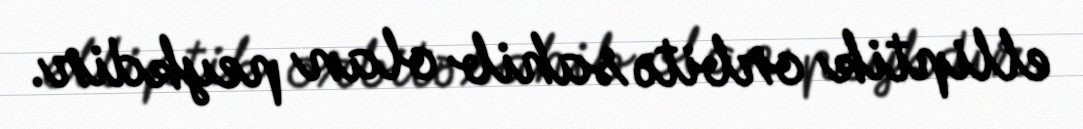
elliptik orbitə sahib olan peykdir.